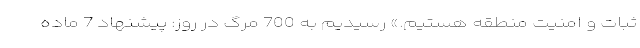
ثبات و امنیت منطقه هستیم.» رسیدیم به 700 مرگ در روز: پیشنهاد 7 ماده